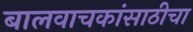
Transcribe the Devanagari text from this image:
बालवाचकांसाठीचा